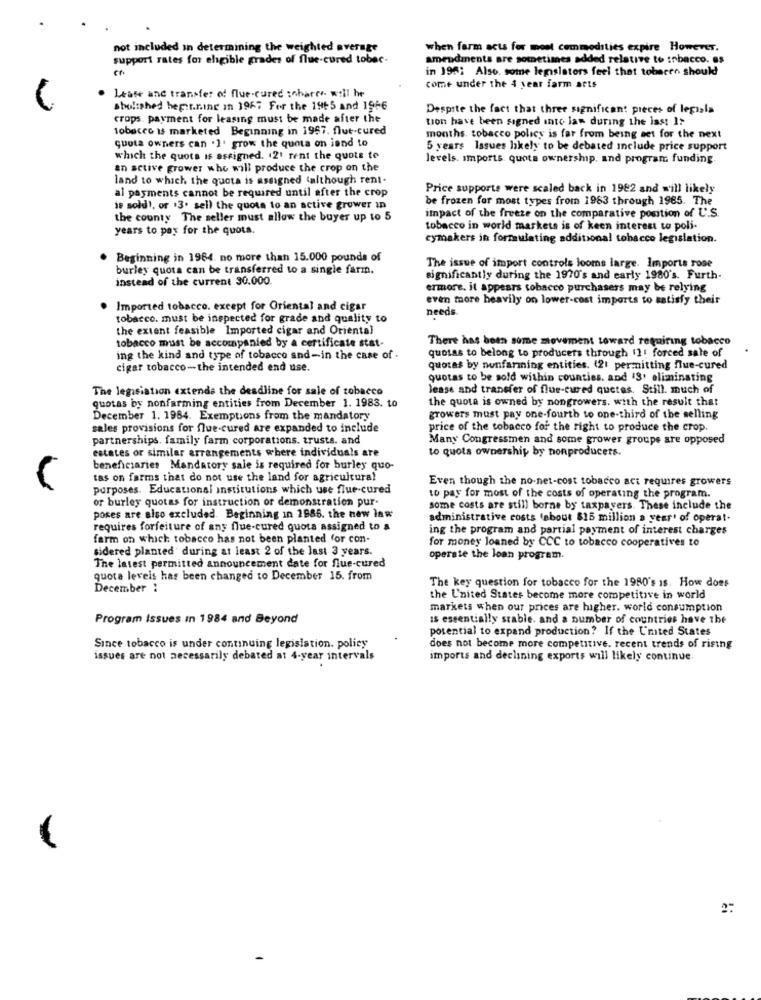
not included in determining the weighted average
when farm acts for moet commodities expire However.
support rates for eligible grades of flue-cured tobec.
amendments are sometimes added relative to tobacco. es
in 196; Also. some legislators feel that tobacen should
come under the 4 year farm aets
Lease and transfer of flue-cured :nharry. will he
abolished beginning in 1967 For the 1965 and 1966
Despite the fact that three significant pieces of legisla
crops. payment for leasing must be made after the
tion have been signed into law during the last I>
tobacco is marketed Beginning in 1967. flut-cured
months. tobacco policy is far from being set for the next
quota owners can . 1. grow the quota on iend to
5 years Issues likely to be debated include price support
which the quots is assigned. 421 rent the quote to
levels. imports quota ownership, and program funding.
an active grower who will produce the crop on the
land to which the quota is assigned (although rent-
al payments cannot be required until after the crop
Price supporte were scaled back in 1982 and will likely
be frozen for most types from 1983 through 1985. The
is sold !, or .3. sell the quota to an active grower in
the county The seller must allow the buyer up to 5
impact of the freeze on the comparative position of U.S.
years to pay for the quota.
tobacco in world markets is of keen interest to poli-
cymakers in formulating additional tobacco legislation.
Beginning in 1984. no more than 15.000 pounds of
The issue of import controls looms large. Imports rose
burley quota can be transferred to a single farm.
instead of the current 30.000.
significantly during the 1970's and early 1980's. Furth.
ermore. it appears tobacco purchasers may be relying
even more heavily on lower-cost imports to satisfy their
Imported tobacco. except for Oriental and cigar
needs.
tobacco. must be inspected for grade and quality to
the extent feasible Imported cigar and Oriental
tobacco must be accompanied by a certificate stat-
There has been some movement toward requiring tobacco
quotas to belong to producers through 11: forced sale of
ing the kind and type of tobacco and-in the case of
cigar tobacco-the intended end use.
quotas by nonfarmning entities. (21 permitting flue-cured
quotas to be sold within counties. and 43, eliminating
The legislation extends the deadline for sale of tobacco
lease and transfer of flue-cured quetes. Still. much of
the quota is owned by nongrowers. with the result that
quotas by nonfarming entities from December 1. 1983. to
December 1. 1984. Exemptions from the mandatory
growers must pay one-fourth to one-third of the selling
sales provisions for flue-cured are expanded to include
price of the tobacco for the right to produce the crop.
partnerships. family farm corporations. trusts. and
Many Congressmen and some grower groupe are opposed
estates or similar arrangements where individuals are
to quots ownership by nonproducers.
beneficiaries Mandatory sale is required for burley quo-
tas on farms that do not use the land for agricultural
Even though the no-net-cost tobacco act requires growers
purposes. Educational institutions which use flue-cured
or burley quotas for instruction or demonstration pur-
to pay for most of the costs of operating the program.
some costs are still borne by taxpayers. These include the
pores are also excluded. Beginning in 2986. the new law
administrative costs (about $15 million a year' of operat-
requires forfeiture of any flue-cured quota assigned to a
ing the program and partial payment of interest charges
farm on which tobacco has not been planted for con-
for money loaned by CCC to tobacco cooperatives to
sidered planted' during at least 2 of the last 3 years.
operate the loan program.
The latest permitted announcement date for flue-cured
quote levels has been changed to December 15. from
December 1
The key question for tobacco for the 1980's is. How does
the United States become more competitive in world
markets when our prices are higher. world consumption
Program Issues in 1984 and Beyond
is essentially srable. and a number of countries have the
potential to expand production? If the Umted States
Since tobacco is under continuing legislation. policy
does not become more competitive. recent trends of rising
issues are not necessarily debated at 4-year intervals
imports and declining exports will likely continue.
2: